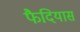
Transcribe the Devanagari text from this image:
फैदियास